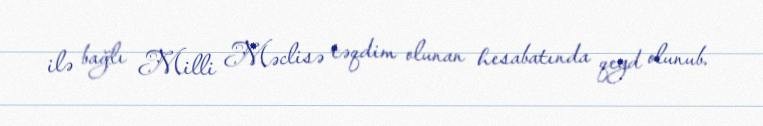
ilə bağlı Milli Məclisə təqdim olunan hesabatında qeyd olunub.